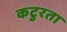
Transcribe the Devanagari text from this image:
कटुरता